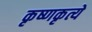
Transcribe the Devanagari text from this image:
कृष्णकृत्ये